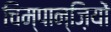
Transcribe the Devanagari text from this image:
चिम्पान्ज़ियों